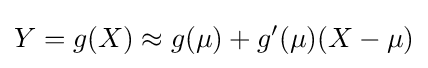
Y=g(X)\approx g(\mu )+g'(\mu )(X-\mu )